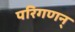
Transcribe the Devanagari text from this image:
परिगणन्